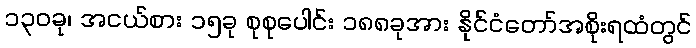
၁၃၀ခု၊ အငယ်စား ၁၅ခု စုစုပေါင်း ၁၈၈ခုအား နိုင်ငံတော်အစိုးရထံတွင်